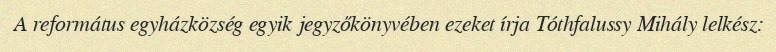
A református egyházközség egyik jegyzőkönyvében ezeket írja Tóthfalussy Mihály lelkész: